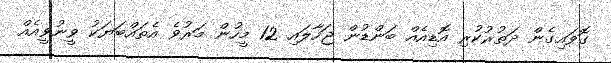
ގޮވައިގެން ދަތުރުކުރި އޮޑިއެއް ބަންޑުން ޖަހާލައި 12 މީހުން މަރުވެ އެތައްބަޔަކު ވީނުވީއެއް